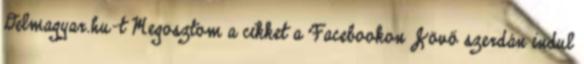
Delmagyar.hu-t Megosztom a cikket a Facebookon Jövő szerdán indul